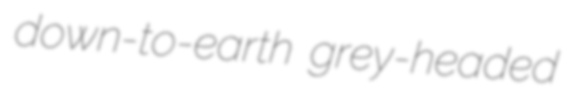
down-to-earth grey-headed